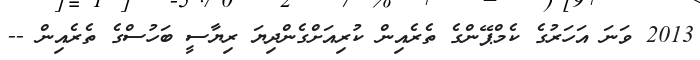
2013 ވަނަ އަހަރުގެ ކެމްޕޭންގެ ތެރެއިން ކުރިއަށްގެންދިޔަ ރިޔާސީ ބަހުސްގެ ތެރެއިން --